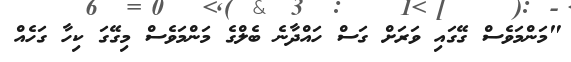
"މަންމަވެސް ގޭގައި ވަރަށް ގަސް ހައްދާނެ ބެލްގެ މަންމަވެސް މިގޭގަ ކިހާ ގަހެއް